Document type: Sale
Year: 1461
Scribe: [Unknown]
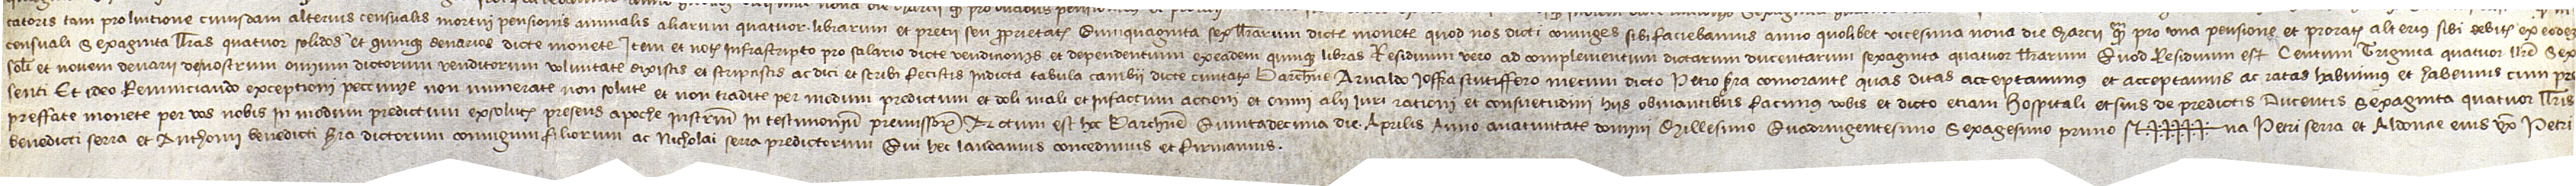
catoris, tam pro luitione cuiusdam alterius censualis mortui pensionis annualis aliarum quatuor librarum et pretii sey proprietatis quinquaginta sex llibrarum dicte monete quod nos dicti coniuges sibi faciebamus anno quolibet vicesima nona die marcii, quam pro una pensione et prorata alterius sibi debite ex eodem